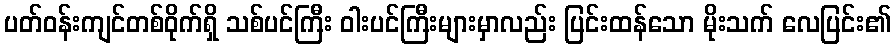
ပတ်ဝန်းကျင်တစ်ဝိုက်ရှိ သစ်ပင်ကြီး ဝါးပင်ကြီးများမှာလည်း ပြင်းထန်သော မိုးသက် လေပြင်း၏